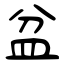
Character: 盆